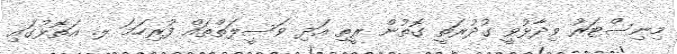
މިނިސްޓަރު ވިދާޅުވީ ގުދުރަތީ ގޮތުން ރީތި އަދި ވަސީލަތްތައް ފުރިހަމަ ލ. އަތޮޅުގައި